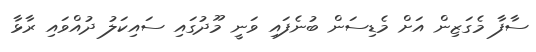
ސާފާ މެގަޒިން އަށް މެޑިސަން ބުނެފައި ވަނީ މޫދުގައި ސައިކަލު ދުއްވައި ރާޅާ